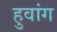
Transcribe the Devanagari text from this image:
हुवांग